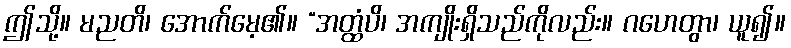
ဤသို့။ မညတိ၊ အောက်မေ့၏။ “အတ္ထံပိ၊ အကျိုးရှိသည်ကိုလည်း။ ဂဟေတွာ၊ ယူ၍။